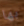
بها